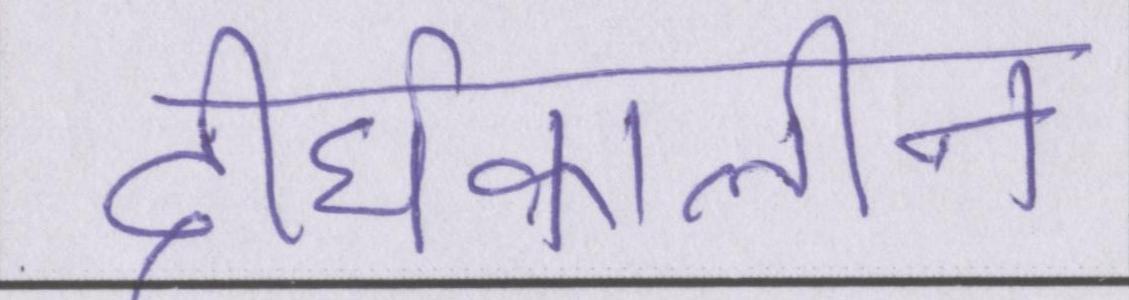
दीर्घकालीन